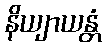
နိယျာယန္တံ